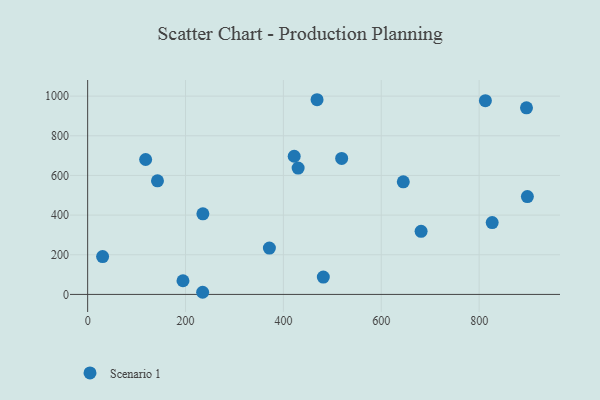
{"axis": {"x": "Study Hours", "y": "Rating"}, "legend": ["Scenario 1"], "data": [{"x": "142.7", "y": 572.9, "type": "Scenario 1"}, {"x": "430.1", "y": 637.3, "type": "Scenario 1"}, {"x": "30.6", "y": 190.9, "type": "Scenario 1"}, {"x": "422.1", "y": 696.8, "type": "Scenario 1"}, {"x": "896.8", "y": 940.8, "type": "Scenario 1"}, {"x": "898.6", "y": 493.6, "type": "Scenario 1"}, {"x": "519.1", "y": 685.6, "type": "Scenario 1"}, {"x": "826.7", "y": 362.2, "type": "Scenario 1"}, {"x": "812.8", "y": 977.2, "type": "Scenario 1"}, {"x": "235.5", "y": 406.2, "type": "Scenario 1"}, {"x": "371.4", "y": 233.7, "type": "Scenario 1"}, {"x": "645.0", "y": 567.7, "type": "Scenario 1"}, {"x": "118.5", "y": 680.3, "type": "Scenario 1"}, {"x": "194.8", "y": 68.9, "type": "Scenario 1"}, {"x": "235.0", "y": 10.8, "type": "Scenario 1"}, {"x": "481.6", "y": 87.7, "type": "Scenario 1"}, {"x": "468.8", "y": 981.8, "type": "Scenario 1"}, {"x": "681.4", "y": 318.1, "type": "Scenario 1"}]}